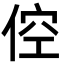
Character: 倥